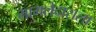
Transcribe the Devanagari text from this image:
मामलेदाराला